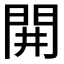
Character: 𨳩